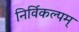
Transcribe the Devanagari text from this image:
निर्विकल्पम्